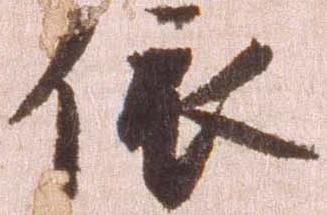
依